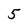
Character: 5